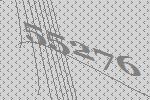
55276